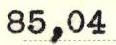
85,04